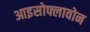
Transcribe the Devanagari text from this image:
आइसोफ्लावोन